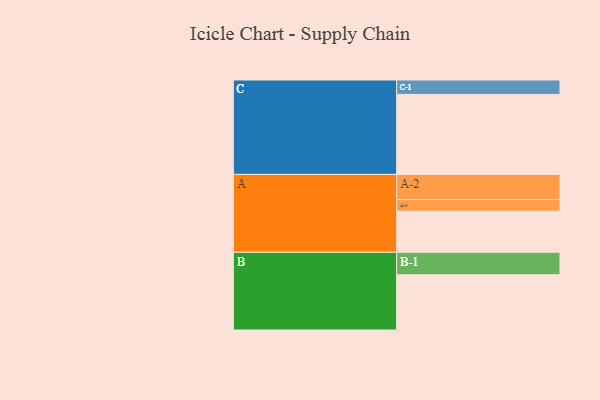
{"axis": {"x": "Segment", "y": "Value"}, "legend": ["", "A", "B", "C"], "data": [{"x": "A", "y": 308, "type": ""}, {"x": "B", "y": 414, "type": ""}, {"x": "C", "y": 600, "type": ""}, {"x": "A-1", "y": 87, "type": "A"}, {"x": "A-2", "y": 189, "type": "A"}, {"x": "B-1", "y": 169, "type": "B"}, {"x": "C-1", "y": 108, "type": "C"}]}